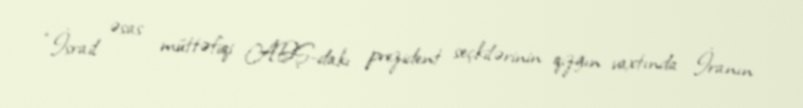
“İsrail əsas müttəfiqi ABŞ-dakı prezident seçkilərinin qızğın vaxtında İranın